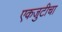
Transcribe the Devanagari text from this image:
एकजुटीचा